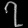
Digit: ၇